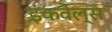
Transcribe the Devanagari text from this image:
इंकवेल्स